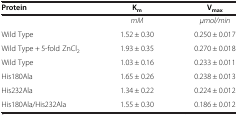
| Protein | Km | Vmax |
 | --- | --- | --- |
 |  | mM | μmol/min |
 | Wild Type | 1.52 ± 0.30 | 0.250 ± 0.017 |
 | Wild Type + 5-fold ZnCl2 | 1.93 ± 0.35 | 0.270 ± 0.018 |
 | Wild Type | 1.03 ± 0.16 | 0.233 ± 0.011 |
 | His180Ala | 1.65 ± 0.26 | 0.238 ± 0.013 |
 | His232Ala | 1.34 ± 0.22 | 0.224 ± 0.012 |
 | His180Ala/His232Ala | 1.55 ± 0.30 | 0.186 ± 0.012 |